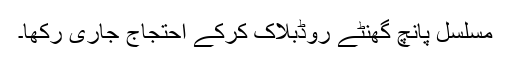
مسلسل پانچ گھنٹے روڈبلاک کرکے احتجاج جاری رکھا۔